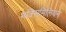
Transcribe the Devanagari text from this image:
मक्सिमिलियन